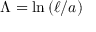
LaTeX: \Lambda = \ln \left( \ell / a \right)